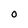
Character: O